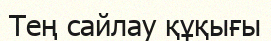
Тең сайлау құқығы